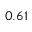
0 . 6 1